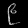
Digit: ၉